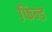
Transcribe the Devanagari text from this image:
फिन्ड